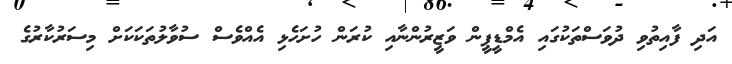
އަދި ފާއިތުވި ދުވަސްތަކުގައި އެމްޑީޕީން ވަޒީރުންނާއި ކުރަން ހުށަހެޅި އެެއްވެސް ސުވާލުތަކަކަށް މިސަރުކާރުގެ